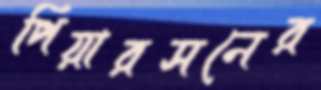
পিয়ারসনের